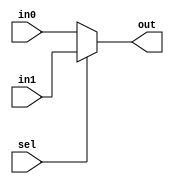
module mux2to1 (
    input wire [3:0] in0,    // Entrada 0 de 4 bits
    input wire [3:0] in1,    // Entrada 1 de 4 bits
    input wire sel,          // Sinal de seleo
    output wire [3:0] out    // Sada de 4 bits
);
    assign out = sel ? in1 : in0;  // Atribui in1 para out se sel for verdadeiro, seno atribui in0 para out

endmodule